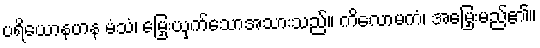
ပရိယောနဟန မံသံ၊ မြှေးယှက်သောအသားသည်။ ကိလောမကံ၊ အမြှေးမည်၏။